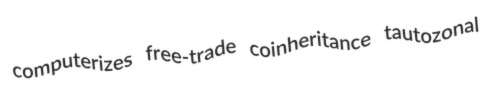
computerizes free-trade coinheritance tautozonal